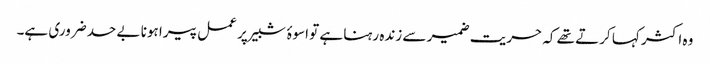
وہ اکثر کہا کرتے تھے کہ حریت ضمیر سے زندہ رہنا ہے تو اسوۂ شبیر پر عمل پیرا ہونا بے حد ضروری ہے۔